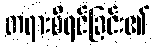
တရားစီရင်ခြင်း၏